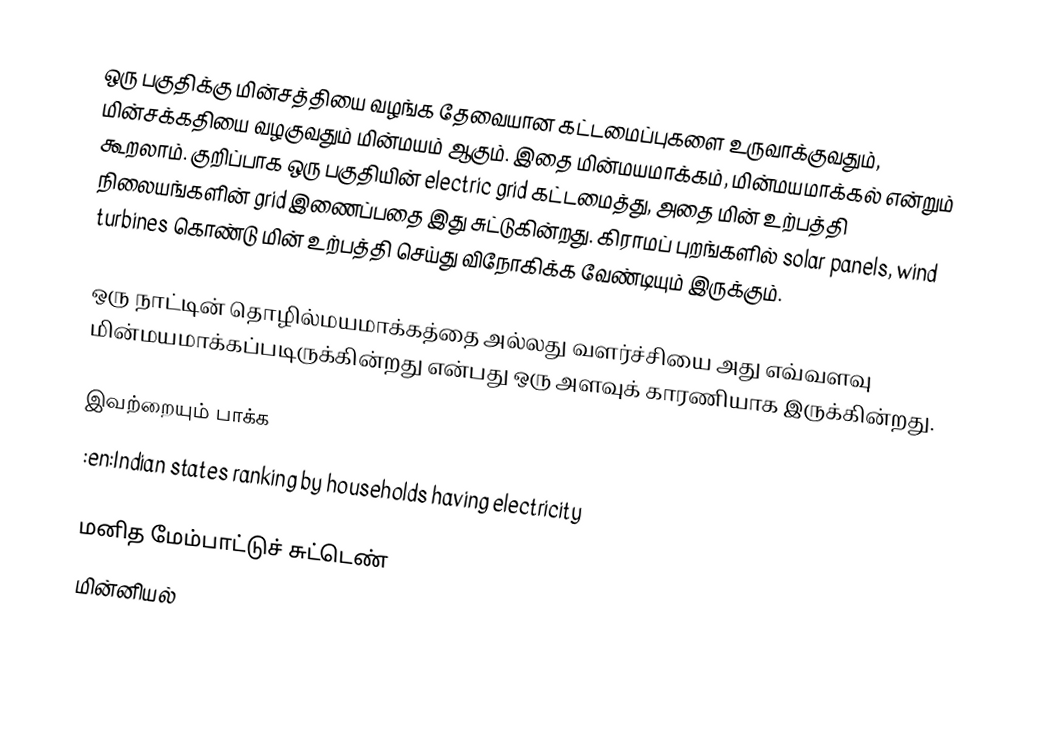
ஒரு பகுதிக்கு மின்சத்தியை வழங்க தேவையான கட்டமைப்புகளை உருவாக்குவதும், மின்சக்கதியை வழகுவதும் மின்மயம் ஆகும்.  இதை மின்மயமாக்கம், மின்மயமாக்கல் என்றும் கூறலாம்.  குறிப்பாக ஒரு பகுதியின் electric grid கட்டமைத்து, அதை மின் உற்பத்தி நிலையங்களின் grid இணைப்பதை இது சுட்டுகின்றது.  கிராமப் புறங்களில் solar panels, wind turbines கொண்டு மின் உற்பத்தி செய்து விநோகிக்க வேண்டியும் இருக்கும்.

ஒரு நாட்டின் தொழில்மயமாக்கத்தை அல்லது வளர்ச்சியை அது எவ்வளவு மின்மயமாக்கப்படிருக்கின்றது என்பது ஒரு அளவுக் காரணியாக இருக்கின்றது.

இவற்றையும் பாக்க
 :en:Indian states ranking by households having electricity

மனித மேம்பாட்டுச் சுட்டெண்
மின்னியல்